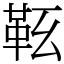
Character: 䩘